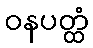
ဝနပတ္ထံ